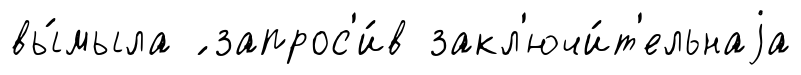
вы́мыла ́ запрос'и́в закл'ючи́т'ельнаjа